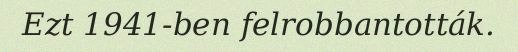
Ezt 1941-ben felrobbantották.